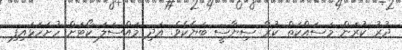
ދުރު ކުރަން މަސައްކަތް ކުރާ ސިޔާސީ ބަޔެކެވެ. އަދި މައްސަލަ ކޯޓަށް ހުށަހަޅައިފި